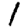
Digit: 1